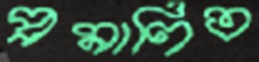
প্রমাণিত